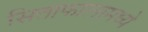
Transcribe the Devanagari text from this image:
सिताफालामध्ये